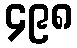
၄၉၈